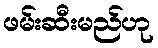
ဖမ်းဆီးမည်ဟု